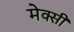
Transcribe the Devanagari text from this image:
मेक्सी